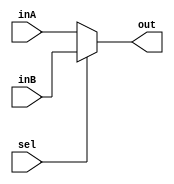
`timescale 1ns / 1ps

////////////////////////////////////////////////////////////////////////////////
// ECE369 - Computer Architecture
// 
// Module - Mux32Bit2To1.v
// Description - Performs signal multiplexing between 2 32-Bit words.
////////////////////////////////////////////////////////////////////////////////

module Mux32Bit2To1(out, inA, inB, sel);

    output reg [31:0] out;
    
    input [31:0] inA;
    input [31:0] inB;
    input sel;

    /* Fill in the implementation here ... */ 
	always @(sel or inA or inB)
	begin
		if (sel == 0)
			out <= inA;
		else
			out <= inB;
	end

endmodule